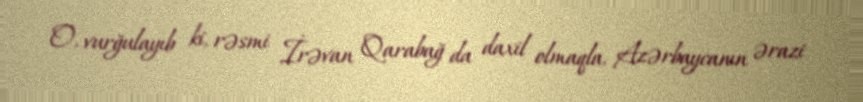
O, vurğulayıb ki, rəsmi İrəvan Qarabağ da daxil olmaqla, Azərbaycanın ərazi